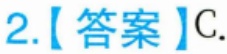
2.【答案】C.